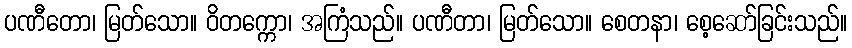
ပဏီတော၊ မြတ်သော။ ဝိတက္ကော၊ အကြံသည်။ ပဏီတာ၊ မြတ်သော။ စေတနာ၊ စေ့ဆော်ခြင်းသည်။